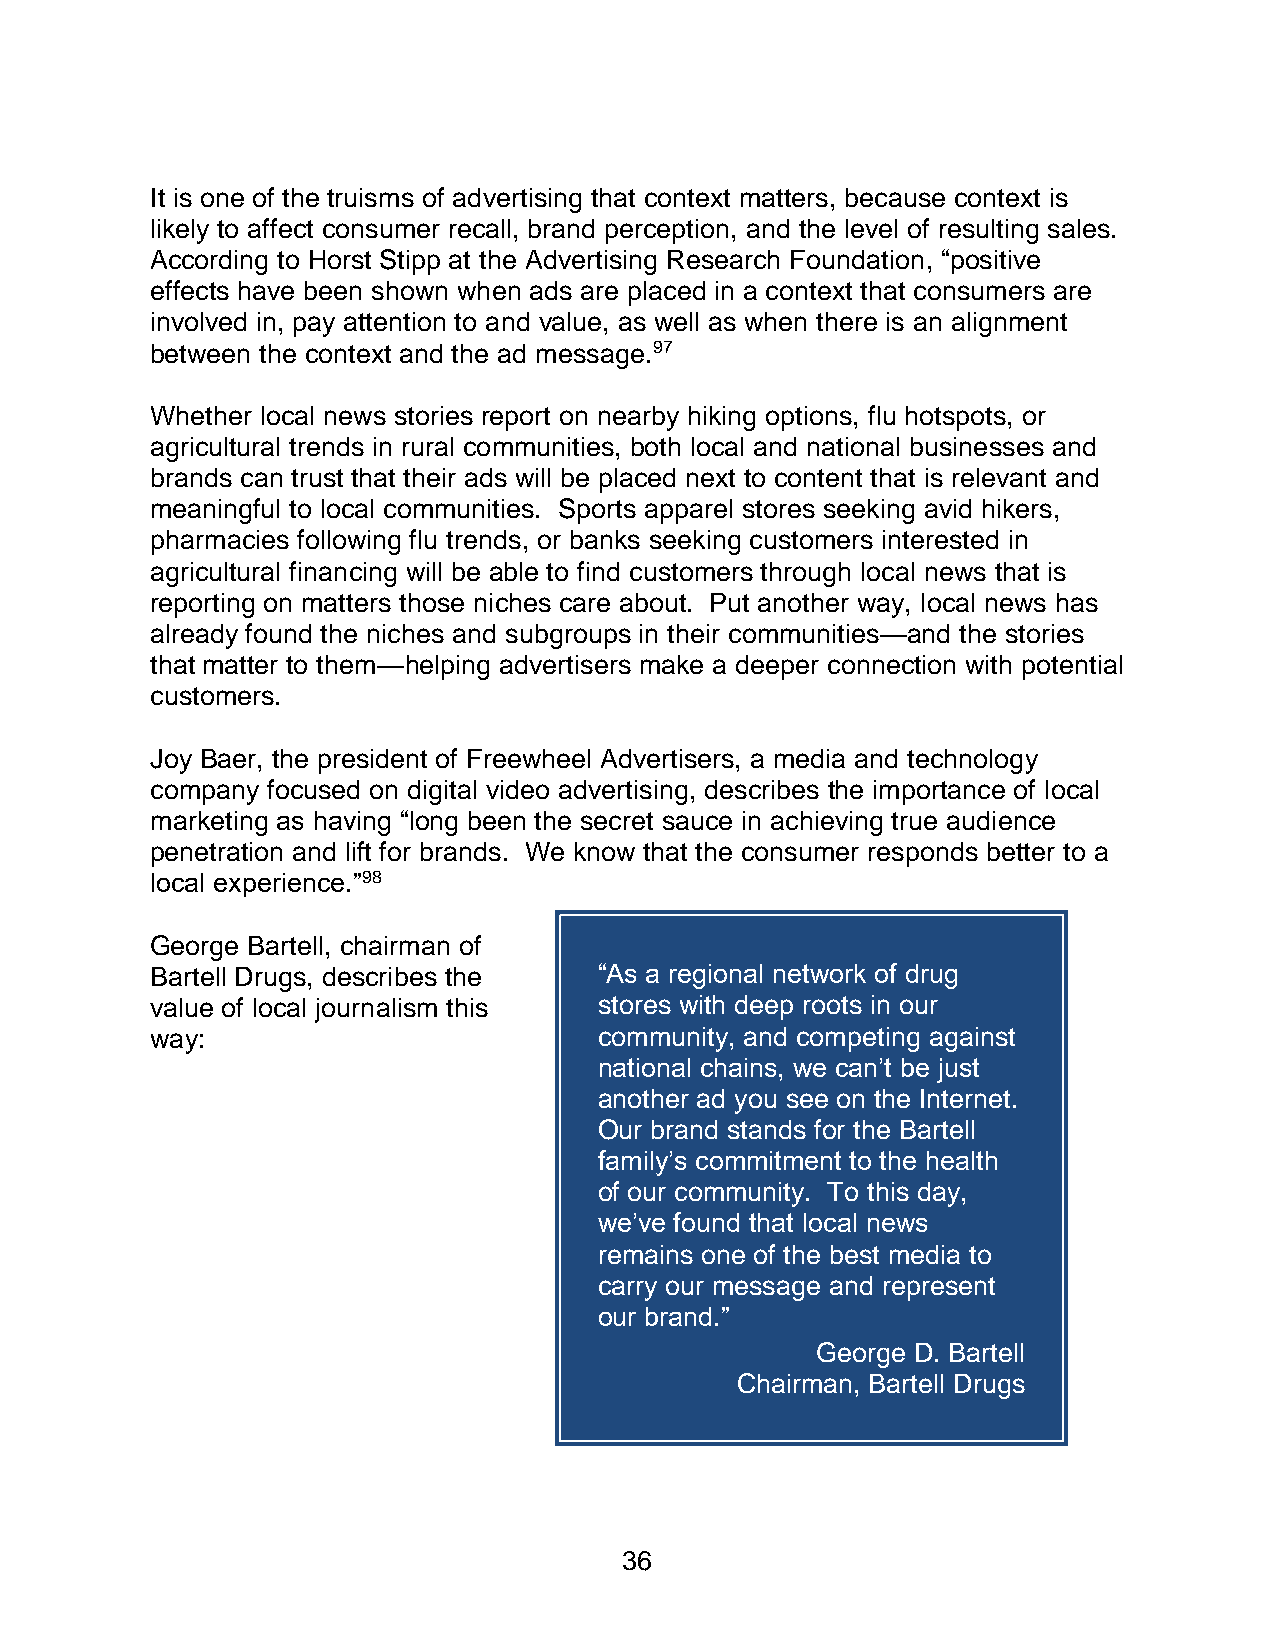
It is one of the truisms of advertising that context matters, because context is
 likely to affect consumer recall, brand perception, and the level of resulting sales.
 According to Horst Stipp at the Advertising Research Foundation, “positive
 effects have been shown when ads are placed in a context that consumers are
 involved in, pay attention to and value, as well as when there is an alignment
 between the context and the ad message.97
 Whether local news stories report on nearby hiking options, flu hotspots, or
 agricultural trends in rural communities, both local and national businesses and
 brands can trust that their ads will be placed next to content that is relevant and
 meaningful to local communities. Sports apparel stores seeking avid hikers,
 pharmacies following flu trends, or banks seeking customers interested in
 agricultural financing will be able to find customers through local news that is
 reporting on matters those niches care about. Put another way, local news has
 already found the niches and subgroups in their communities—and the stories
 that matter to them—helping advertisers make a deeper connection with potential
 customers.
 Joy Baer, the president of Freewheel Advertisers, a media and technology
 company focused on digital video advertising, describes the importance of local
 marketing as having “long been the secret sauce in achieving true audience
 penetration and lift for brands. We know that the consumer responds better to a
 local experience.”98
 George Bartell, chairman of
 Bartell Drugs, describes the  “As a regional network of drug
 value of local journalism this stores with deep roots in our
 way:                          community, and competing against
 national chains, we can’t be just
 another ad you see on the Internet.
 Our brand stands for the Bartell
 family’s commitment to the health
 of our community. To this day,
 we’ve found that local news
 remains one of the best media to
 carry our message and represent
 our brand.”
 George D. Bartell
 Chairman, Bartell Drugs
 36